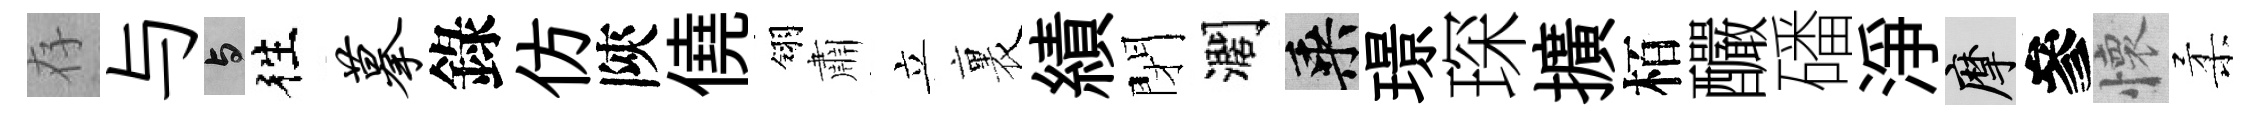
存与与徃摹錄仿陝僥翎肅立裏績閉濶乘璟琛擴栢釅磻淨摩參懷柔